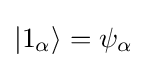
|1_{\alpha }\rangle =\psi _{\alpha }